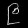
Digit: ၉